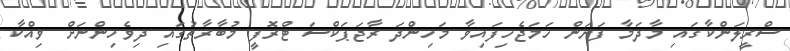
ސްރީލަންކާގައި މާދަމާ ފަށަން ހަމަޖެހިފައިވާ މަހިންދަ ރާޖަޕަކްސަ ޓްރޮފީ މުބާރާތުގައި ދިވެހިންނަށް ވިއްކާ